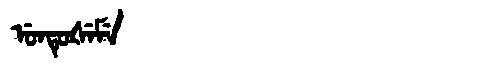
Manchu: ᡠᠨᡨᡠᡧᡝᠮᡝ
Romanization: UNTUŠEME